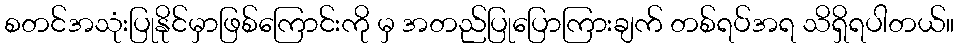
စတင်အသုံးပြုနိုင်မှာဖြစ်ကြောင်းကို မှ အတည်ပြုပြောကြားချက် တစ်ရပ်အရ သိရှိရပါတယ်။